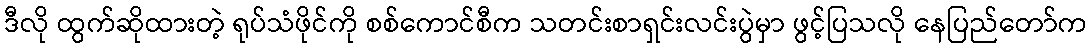
ဒီလို ထွက်ဆိုထားတဲ့ ရုပ်သံဖိုင်ကို စစ်ကောင်စီက သတင်းစာရှင်းလင်းပွဲမှာ ဖွင့်ပြသလို နေပြည်တော်က